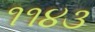
૧૧૪૩